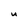
Character: u